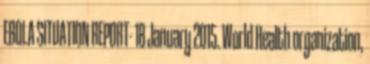
EBOLA SITUATION REPORT- 18 January 2015. World Health organization,